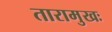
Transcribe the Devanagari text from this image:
तारामुखः